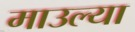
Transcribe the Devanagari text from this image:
माउल्या